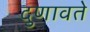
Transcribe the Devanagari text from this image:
दुणावते